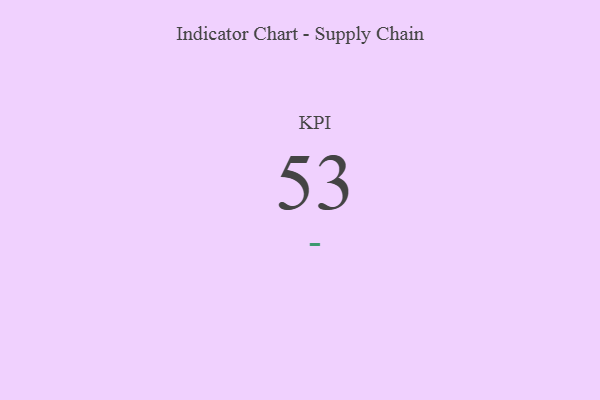
{"axis": {"x": "KPI", "y": "Value"}, "legend": [""], "data": [{"x": "KPI", "y": 53, "type": ""}]}